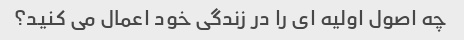
چه اصول اولیه ای را در زندگی خود اعمال می کنید؟